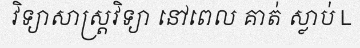
វិទ្យាសាស្ត្រវិទ្យា នៅពេល គាត់ ស្លាប់ L